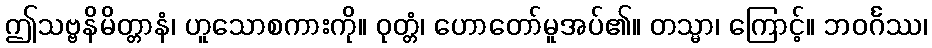
ဤသဗ္ဗနိမိတ္တာနံ၊ ဟူသောစကားကို။ ဝုတ္တံ၊ ဟောတော်မူအပ်၏။ တသ္မာ၊ ကြောင့်။ ဘဝင်္ဂဿ၊